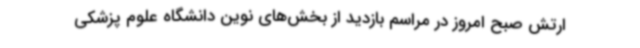
ارتش صبح امروز در مراسم بازدید از بخش‌های نوین دانشگاه علوم پزشکی